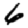
Digit: 6